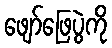
ဖျော်ဖြေပွဲကို